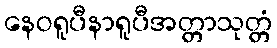
နေဝရူပီနာရူပီအတ္တာသုတ္တံ